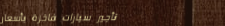
تأجير سيارات فاخرة بأسعار